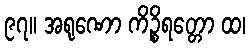
၉၇။ အရုဏော ကိဉ္စိရတ္တော ထ၊